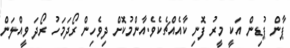
ޕާން ޕުޑިން އަކީ މީރު ފޮނި ކާއެއްޗެކެވެ.އާންމުކޮށް ދިވެހިން ރޯދަމަހު ރޯދަ ވީއްލަން